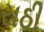
રાઠી